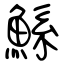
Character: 鯀